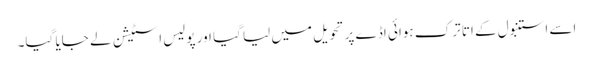
اسے استنبول کے اتا ترک ہوائی اڈے پر تحویل میں لیا گیا اور پولیس اسٹیشن لے جایا گیا۔